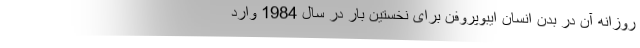
روزانه آن در بدن انسان ایبوپروفن برای نخستین بار در سال 1984 وارد